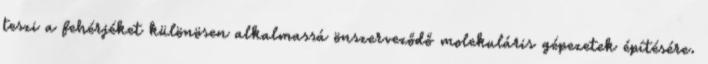
teszi a fehérjéket különösen alkalmassá önszerveződő molekuláris gépezetek építésére.